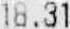
18.31